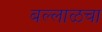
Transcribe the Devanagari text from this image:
बल्लाळचा